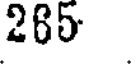
285